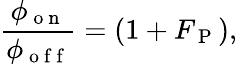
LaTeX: \frac{\phi_{\mathrm{~o~n~}}}{\phi_{\mathrm{~o~f~f~}}}=(1+F_{\mathrm{~P~}}),